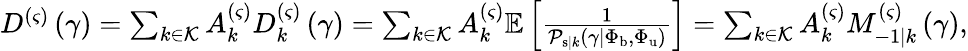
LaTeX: \begin{array}{r}{D^{\left(\varsigma\right)}\left(\gamma\right)=\sum_{k\in\mathcal{K}}{A_{k}^{\left(\varsigma\right)}D_{k}^{\left(\varsigma\right)}\left(\gamma\right)}=\sum_{k\in\mathcal{K}}{A_{k}^{\left(\varsigma\right)}\mathbb{E}\left[\frac{1}{\mathcal{P}_{\mathrm{s}|k}\left(\gamma|\Phi_{\mathrm{b}},\Phi_{\mathrm{u}}\right)}\right]}=\sum_{k\in\mathcal{K}}{A_{k}^{\left(\varsigma\right)}M_{-1|k}^{\left(\varsigma\right)}\left(\gamma\right)},}\end{array}